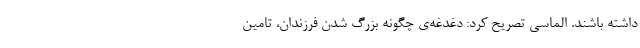
داشته باشند. الماسی تصریح کرد: دغدغه‌ی چگونه بزرگ شدن فرزندان، تامین